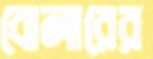
বোলারের